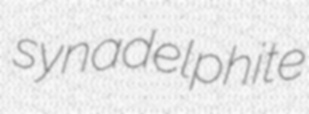
synadelphite